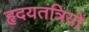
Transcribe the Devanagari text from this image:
हृदयतंत्रियों